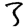
Digit: 3